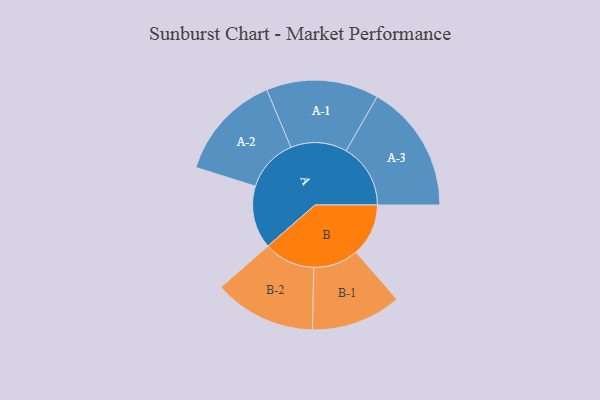
{"axis": {"x": "Segment", "y": "Value"}, "legend": ["", "A", "B"], "data": [{"x": "A", "y": 231, "type": ""}, {"x": "B", "y": 193, "type": ""}, {"x": "A-1", "y": 207, "type": "A"}, {"x": "A-2", "y": 196, "type": "A"}, {"x": "A-3", "y": 237, "type": "A"}, {"x": "B-1", "y": 166, "type": "B"}, {"x": "B-2", "y": 188, "type": "B"}]}